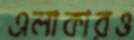
এলাকারও